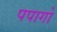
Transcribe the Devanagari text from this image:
पपागो